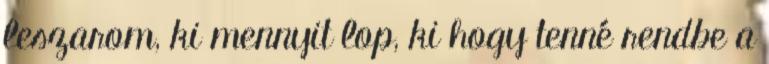
leszarom, ki mennyit lop, ki hogy tenné rendbe a